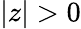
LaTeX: \vert z\vert>0